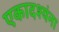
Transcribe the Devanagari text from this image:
एकादश्यंना